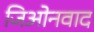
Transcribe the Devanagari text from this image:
जिओनवाद